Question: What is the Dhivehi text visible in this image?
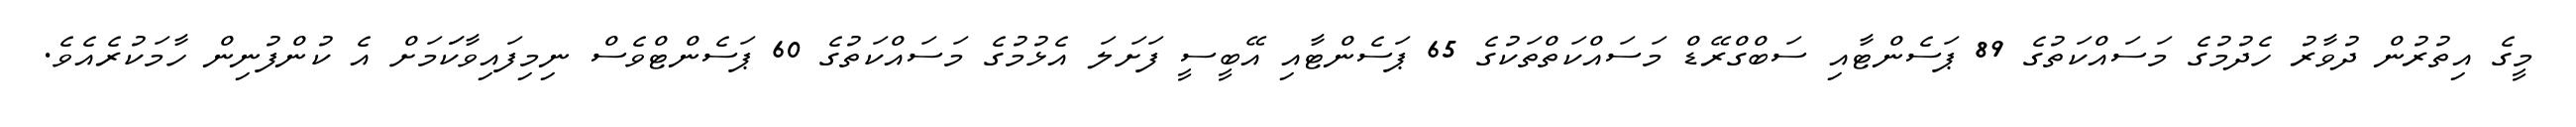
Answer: މީގެ އިތުރުން ދުވާރު ހެދުމުގެ މަސައްކަތުގެ 89 ޕަސެންޓާއި ސަބްގްރޭޑް މަސައްކަތްތަކުގެ 65 ޕަސެންޓާއި އޭބީސީ ފަށަލަ އެޅުމުގެ މަސައްކަތުގެ 60 ޕަސެންޓްވެސް ނިމިފައިވާކަަމަށް އެ ކުންފުނިން ހާމަކުރެއެވެ.